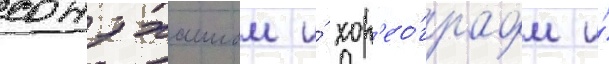
сондхаимом и́ хор'ео́графом и́